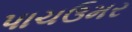
પાચઉમર